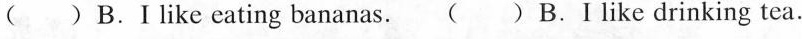
( )B.I like eating bananas. ( )B.Ⅰ like drinking tea.